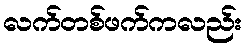
လက်တစ်ဖက်ကလည်း